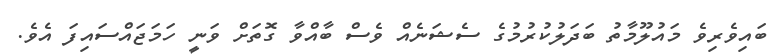
ބައިވެރިވެ މައުލޫމާތު ބަދަލުކުރުމުގެ ސެޝަނެއް ވެސް ބާއްވާ ގޮތަށް ވަނީ ހަމަޖައްސައިފަ އެވެ.